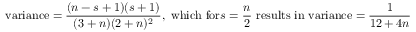
{ \mathrm { v a r i a n c e } } = { \frac { ( n - s + 1 ) ( s + 1 ) } { ( 3 + n ) ( 2 + n ) ^ { 2 } } } , { \mathrm { ~ w h i c h ~ f o r } } s = { \frac { n } { 2 } } { \mathrm { ~ r e s u l t s ~ i n ~ v a r i a n c e } } = { \frac { 1 } { 1 2 + 4 n } }